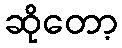
ဆိုတော့